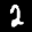
Label: 2